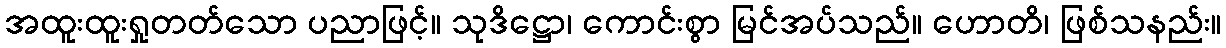
အထူးထူးရှုတတ်သော ပညာဖြင့်။ သုဒိဋ္ဌော၊ ကောင်းစွာ မြင်အပ်သည်။ ဟောတိ၊ ဖြစ်သနည်း။